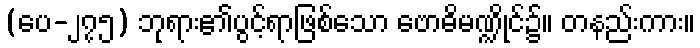
(ပေ-၂၇၅) ဘုရား၏ပွင့်ရာဖြစ်သော ဗောဓိမဏ္ဍိုင်၌။ တနည်းကား။